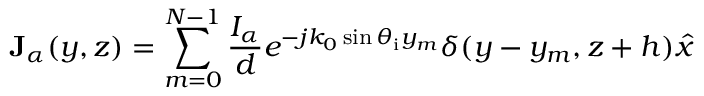
\mathbf { J } _ { \alpha } ( y , z ) = \sum _ { m = 0 } ^ { N - 1 } { \frac { I _ { \alpha } } { d } } e ^ { - j k _ { 0 } \sin \theta _ { \mathrm { i } } y _ { m } } \delta ( y - y _ { m } , z + h ) \hat { x }